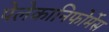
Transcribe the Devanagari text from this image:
पेलेकानिफोर्मेस